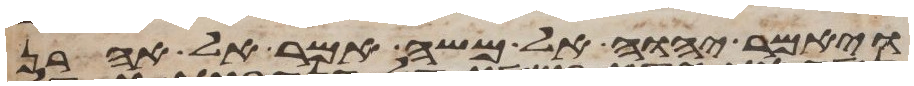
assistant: ויאמר יהוה אל משה אמר אל אהרן